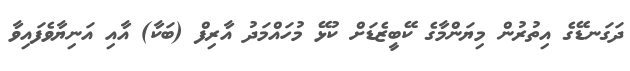
ދަގަނޑޭގެ އިތުރުން މިޔަންމާގެ ކޭބީޒެޑަށް ކުޅޭ މުހައްމަދު އާރިފް (ބަކާ) އާއި އަނިޔާވެފައިވާ